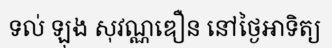
ទល់ ឡុង សុវណ្ណឌឿន នៅថ្ងៃអាទិត្យ